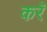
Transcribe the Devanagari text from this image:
करॅ